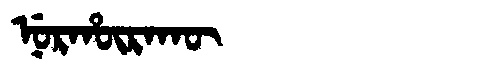
Manchu: ᠨᡠᡵᡥᡡᡵᠠᡴᡡ
Romanization: NURHŪRAKŪ